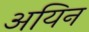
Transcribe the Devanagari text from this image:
अयिन